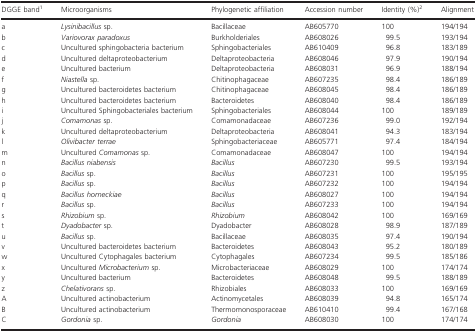
<table><thead><tr><td><b>DGGE band1</b></td><td><b>Microorganisms</b></td><td><b>Phylogenetic affiliation</b></td><td><b>Accession number</b></td><td><b>Identity (%)2</b></td><td><b>Alignment</b></td></tr></thead><tbody><tr><td>a</td><td><i>Lysinibacillus</i> sp.</td><td>Bacillaceae</td><td>AB605770</td><td>100</td><td>194/194</td></tr><tr><td>b</td><td><i>Variovorax paradoxus</i></td><td>Burkholderiales</td><td>AB608026</td><td>99.5</td><td>193/194</td></tr><tr><td>c</td><td>Uncultured sphingobacteria bacterium</td><td>Sphingobacteriales</td><td>AB610409</td><td>96.8</td><td>183/189</td></tr><tr><td>d</td><td>Uncultured deltaproteobacterium</td><td>Deltaproteobacteria</td><td>AB608046</td><td>97.9</td><td>190/194</td></tr><tr><td>e</td><td>Uncultured bacterium</td><td>Deltaproteobacteria</td><td>AB608031</td><td>96.9</td><td>188/194</td></tr><tr><td>f</td><td><i>Niastella</i> sp.</td><td>Chitinophagaceae</td><td>AB607235</td><td>98.4</td><td>186/189</td></tr><tr><td>g</td><td>Uncultured bacteroidetes bacterium</td><td>Chitinophagaceae</td><td>AB608045</td><td>98.4</td><td>186/189</td></tr><tr><td>h</td><td>Uncultured bacteroidetes bacterium</td><td>Bacteroidetes</td><td>AB608040</td><td>98.4</td><td>186/189</td></tr><tr><td>i</td><td>Uncultured Sphingobacteriales bacterium</td><td>Sphingobacteriales</td><td>AB608044</td><td>100</td><td>189/189</td></tr><tr><td>j</td><td><i>Comamonas</i> sp.</td><td>Comamonadaceae</td><td>AB607236</td><td>99.0</td><td>192/194</td></tr><tr><td>k</td><td>Uncultured deltaproteobacterium</td><td>Deltaproteobacteria</td><td>AB608041</td><td>94.3</td><td>183/194</td></tr><tr><td>l</td><td><i>Olivibacter terrae</i></td><td>Sphingobacteriaceae</td><td>AB605771</td><td>97.4</td><td>184/194</td></tr><tr><td>m</td><td>Uncultured <i>Comamonas</i> sp.</td><td>Comamonadaceae</td><td>AB608047</td><td>100</td><td>194/194</td></tr><tr><td>n</td><td><i>Bacillus niabensis</i></td><td><i>Bacillus</i></td><td>AB607230</td><td>99.5</td><td>193/194</td></tr><tr><td>o</td><td><i>Bacillus</i> sp.</td><td><i>Bacillus</i></td><td>AB607231</td><td>100</td><td>195/195</td></tr><tr><td>p</td><td><i>Bacillus</i> sp.</td><td><i>Bacillus</i></td><td>AB607232</td><td>100</td><td>194/194</td></tr><tr><td>q</td><td><i>Bacillus horneckiae</i></td><td><i>Bacillus</i></td><td>AB608027</td><td>100</td><td>194/194</td></tr><tr><td>r</td><td><i>Bacillus</i> sp.</td><td><i>Bacillus</i></td><td>AB607233</td><td>100</td><td>194/194</td></tr><tr><td>s</td><td><i>Rhizobium</i> sp.</td><td><i>Rhizobium</i></td><td>AB608042</td><td>100</td><td>169/169</td></tr><tr><td>t</td><td><i>Dyadobacter</i> sp.</td><td>Dyadobacter</td><td>AB608028</td><td>98.9</td><td>187/189</td></tr><tr><td>u</td><td><i>Bacillus</i> sp.</td><td>Bacillaceae</td><td>AB608035</td><td>97.4</td><td>190/194</td></tr><tr><td>v</td><td>Uncultured bacteroidetes bacterium</td><td>Bacteroidetes</td><td>AB608043</td><td>95.2</td><td>180/189</td></tr><tr><td>w</td><td>Uncultured Cytophagales bacterium</td><td>Cytophagales</td><td>AB607234</td><td>99.5</td><td>185/186</td></tr><tr><td>x</td><td>Uncultured <i>Microbacterium</i> sp.</td><td>Microbacteriaceae</td><td>AB608029</td><td>100</td><td>174/174</td></tr><tr><td>y</td><td>Uncultured bacterium</td><td>Bacteroidetes</td><td>AB608048</td><td>99.5</td><td>188/189</td></tr><tr><td>z</td><td><i>Chelativorans</i> sp.</td><td>Rhizobiales</td><td>AB608033</td><td>100</td><td>169/169</td></tr><tr><td>A</td><td>Uncultured actinobacterium</td><td>Actinomycetales</td><td>AB608039</td><td>94.8</td><td>165/174</td></tr><tr><td>B</td><td>Uncultured actinobacterium</td><td>Thermomonosporaceae</td><td>AB610410</td><td>99.4</td><td>167/168</td></tr><tr><td>C</td><td><i>Gordonia</i> sp.</td><td><i>Gordonia</i></td><td>AB608030</td><td>100</td><td>174/174</td></tr></tbody></table>